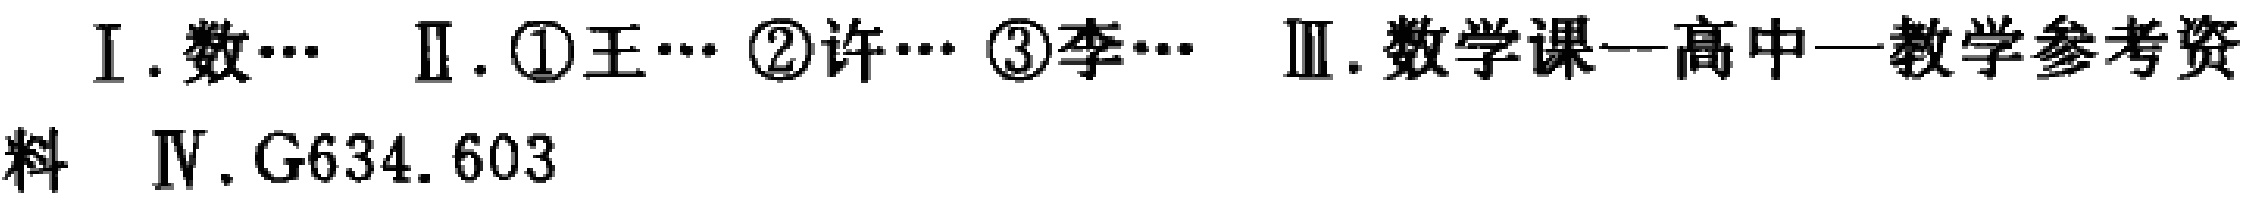
I. 数\(\cdots\)  II. \textcircled{1}王\(\cdots\) \textcircled{2}许\(\cdots\) \textcircled{3}李\(\cdots\)  III. 数学课---高中一教学参考资料  IV. G634. 603